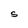
Character: S